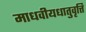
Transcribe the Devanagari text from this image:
माधवीयधातुवृत्ति